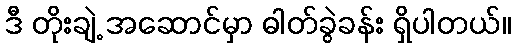
ဒီ တိုးချဲ့ အဆောင်မှာ ဓါတ်ခွဲခန်း ရှိပါတယ်။